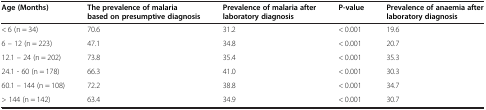
<table><thead><tr><td><b>Age (Months)</b></td><td><b>The prevalence of malaria based on presumptive diagnosis</b></td><td><b>Prevalence of malaria after laboratory diagnosis</b></td><td><b>P-value</b></td><td><b>Prevalence of anaemia after laboratory diagnosis</b></td></tr></thead><tbody><tr><td>&lt; 6 (n = 34)</td><td>70.6</td><td>31.2</td><td>&lt; 0.001</td><td>19.6</td></tr><tr><td>6 – 12 (n = 223)</td><td>47.1</td><td>34.8</td><td>&lt; 0.001</td><td>20.7</td></tr><tr><td>12.1 – 24 (n = 202)</td><td>73.8</td><td>35.4</td><td>&lt; 0.001</td><td>35.3</td></tr><tr><td>24.1 - 60 (n = 178)</td><td>66.3</td><td>41.0</td><td>&lt; 0.001</td><td>30.3</td></tr><tr><td>60.1 – 144 (n = 108)</td><td>72.2</td><td>38.8</td><td>&lt; 0.001</td><td>34.7</td></tr><tr><td>&gt; 144 (n = 142)</td><td>63.4</td><td>34.9</td><td>&lt; 0.001</td><td>30.7</td></tr></tbody></table>